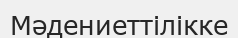
Мәдениеттілікке